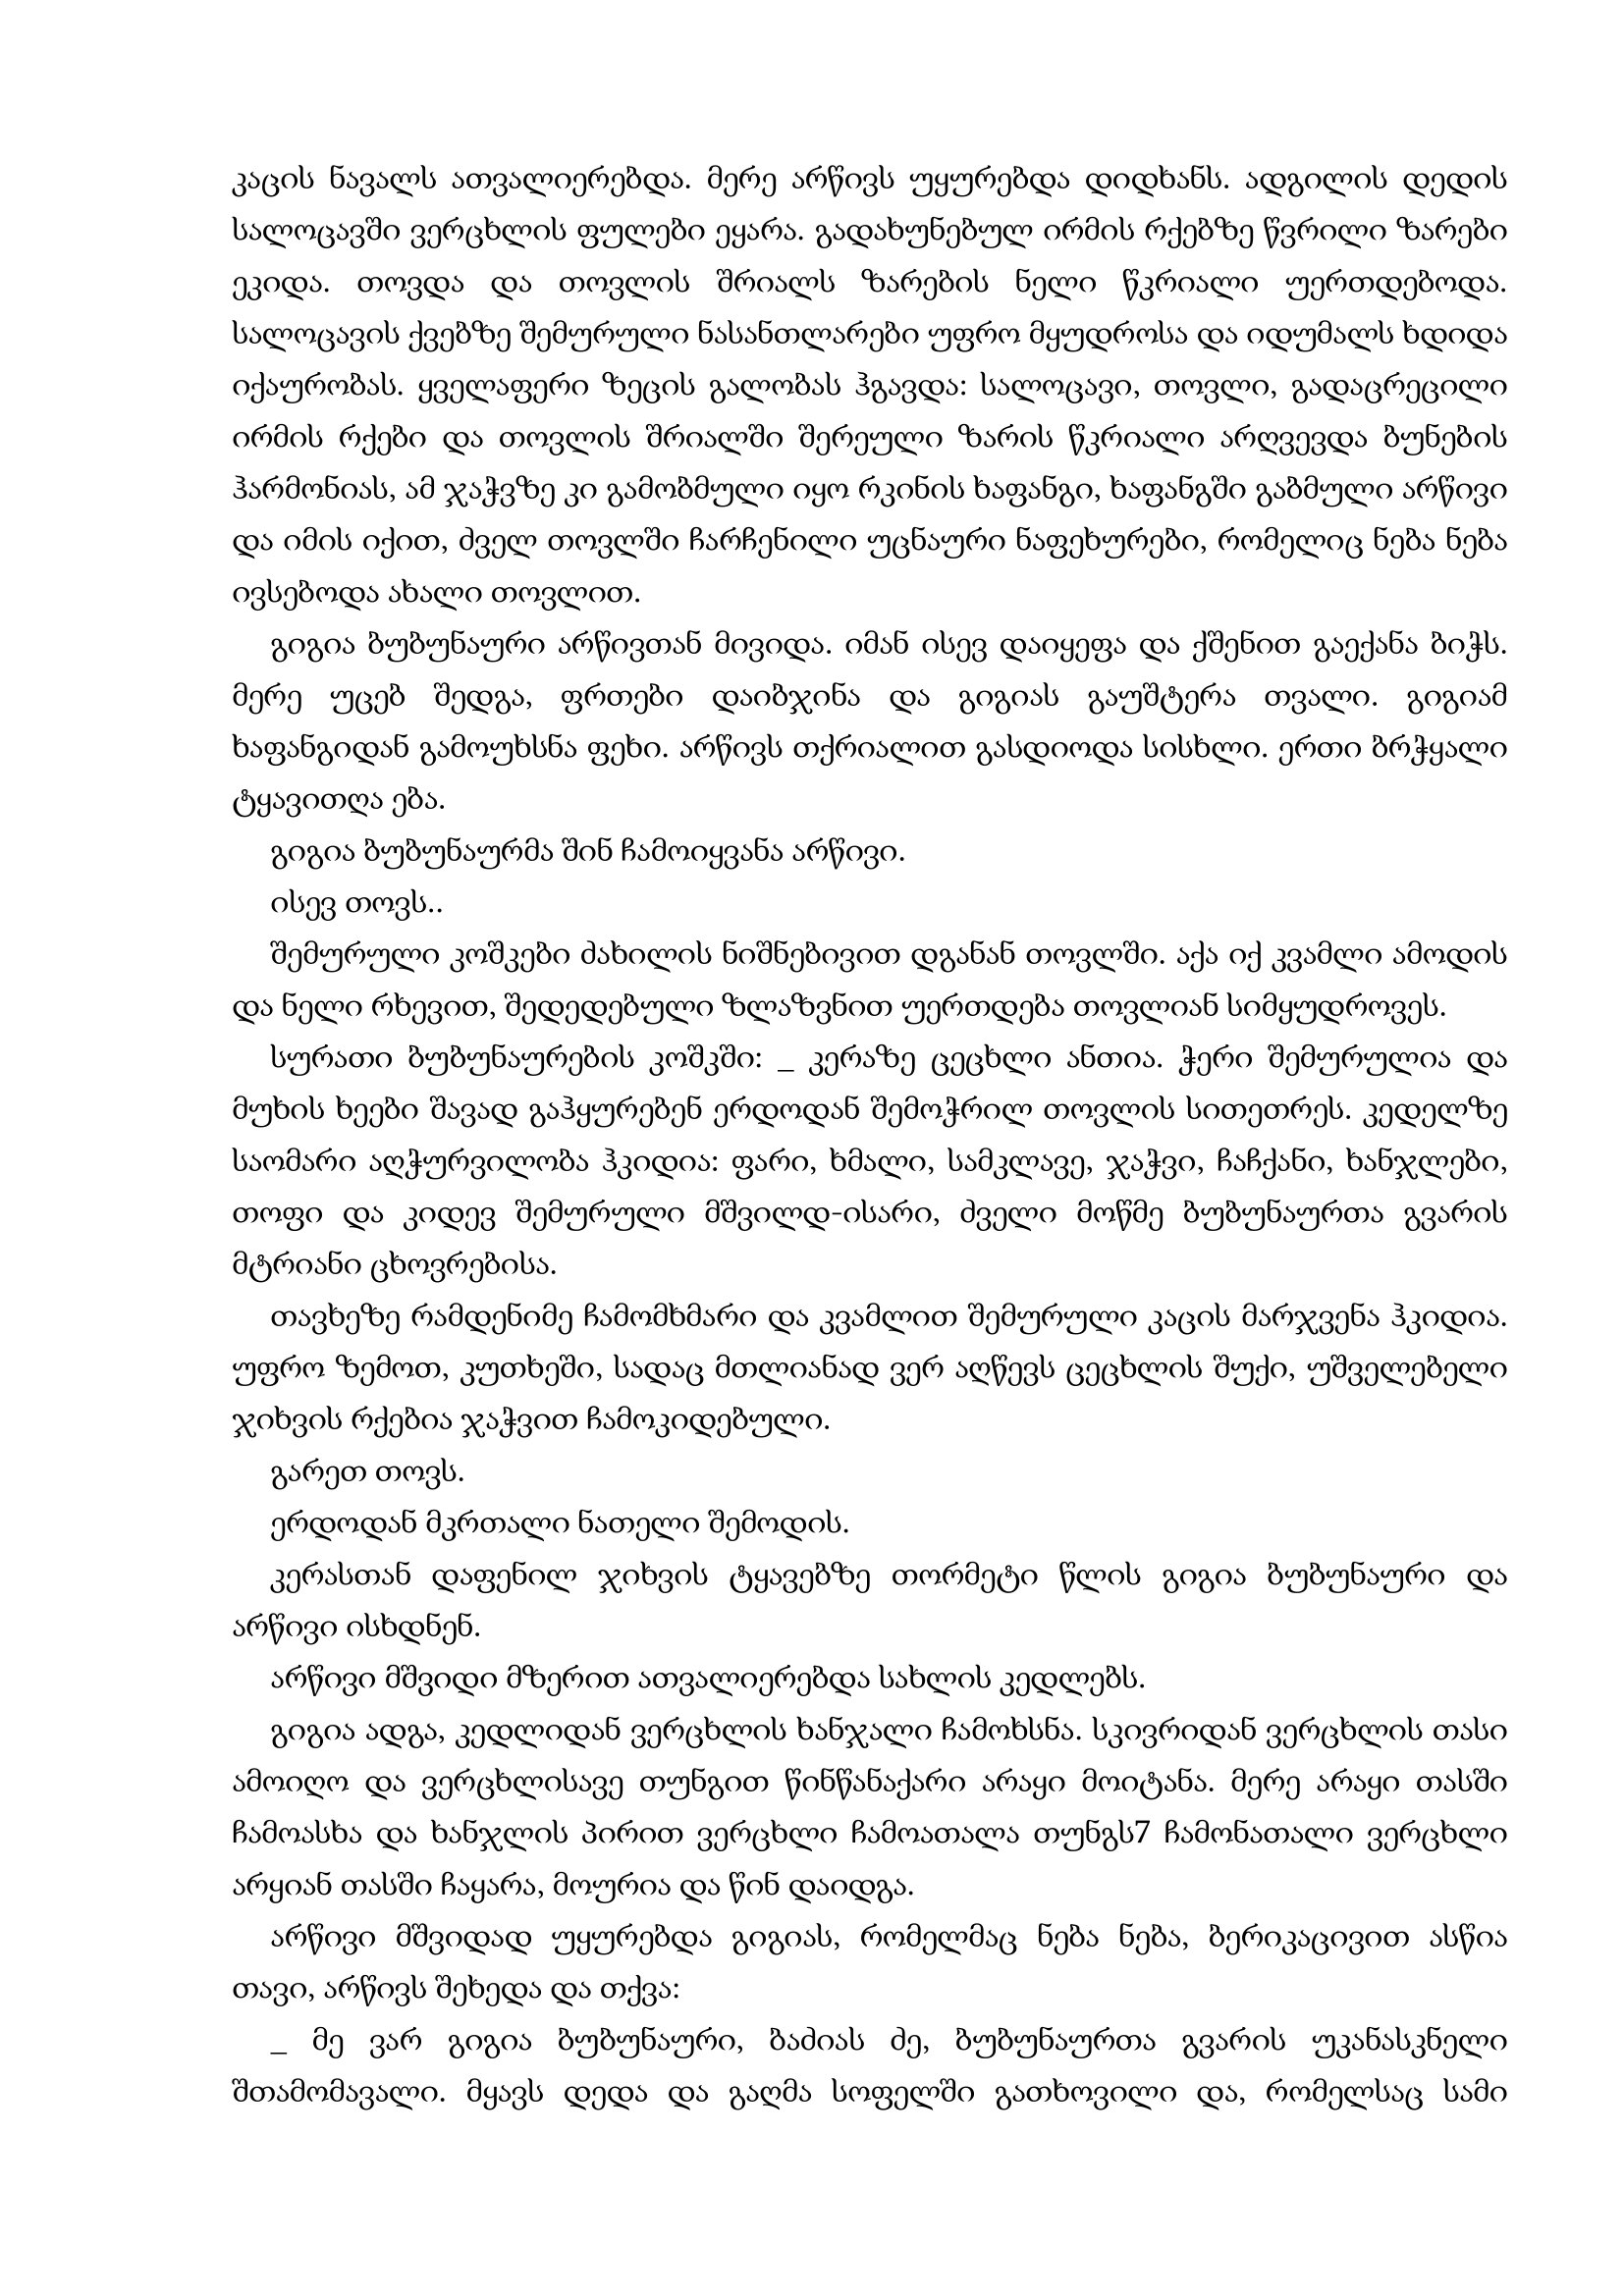
Language: gr